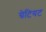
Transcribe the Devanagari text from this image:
ग्रेटियट